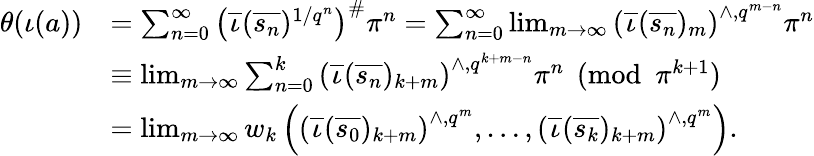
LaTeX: \begin{array}{rl}{\theta(\iota(a))}&{=\sum_{n=0}^{\infty}\left(\overline{{\iota}}(\overline{{s_{n}}})^{1/q^{n}}\right)^{\# }\pi^{n}=\sum_{n=0}^{\infty}\operatorname*{lim}_{m\rightarrow\infty}\left(\overline{{\iota}}(\overline{{s_{n}}})_{m}\right)^{\wedge,q^{m-n}}\pi^{n}}\\ &{\equiv\operatorname*{lim}_{m\rightarrow\infty}\sum_{n=0}^{k}\left(\overline{{\iota}}(\overline{{s_{n}}})_{k+m}\right)^{\wedge,q^{k+m-n}}\pi^{n}\pmod{\pi^{k+1}}}\\ &{=\operatorname*{lim}_{m\rightarrow\infty}w_{k}\left(\left(\overline{{\iota}}(\overline{{s_{0}}})_{k+m}\right)^{\wedge,q^{m}},\dots,\left(\overline{{\iota}}(\overline{{s_{k}}})_{k+m}\right)^{\wedge,q^{m}}\right).}\end{array}